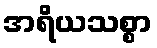
အရိယသစ္စာ